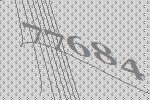
77684